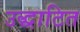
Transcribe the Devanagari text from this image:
उद्धाटित